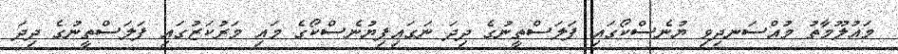
މައުލޫމާތު މުއްސަނދިވި ޔުނެސްކޯގައި ފަލަސްތީނުގެ ދިދަ ނަގައިފިޔުނެސްކޯގެ މައި މަރުކަޒުގައި ފަލަސްތީނުގެ ދިދަ